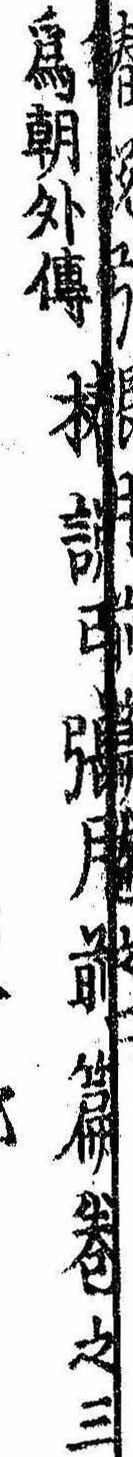
為朝外伝椿説弓張月前篇巻之三